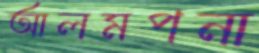
আলমপনা